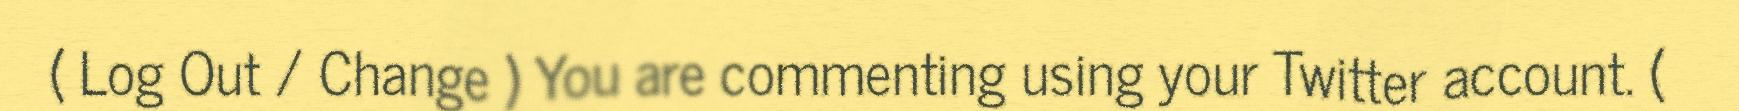
( Log Out / Change ) You are commenting using your Twitter account. (